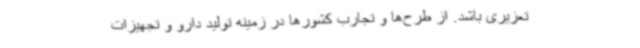
تعزیری باشد. از طرح‌ها و تجارب کشورها در زمینه تولید دارو و تجهیزات